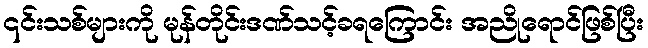
၎င်းသစ်များကို မုန်တိုင်းဒဏ်သင့်ခရကြောင်း အညိုရောင်ဖြစ်ပြီး